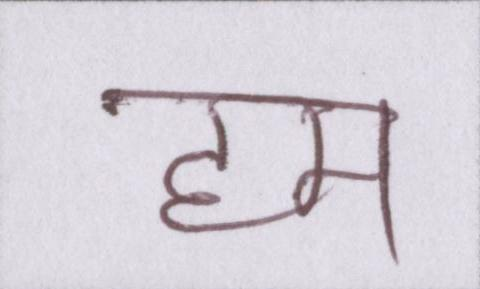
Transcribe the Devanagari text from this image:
हम